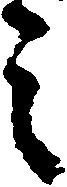
之